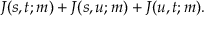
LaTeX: J ( s , t ; m ) + J ( s , u ; m ) + J ( u , t ; m ) .